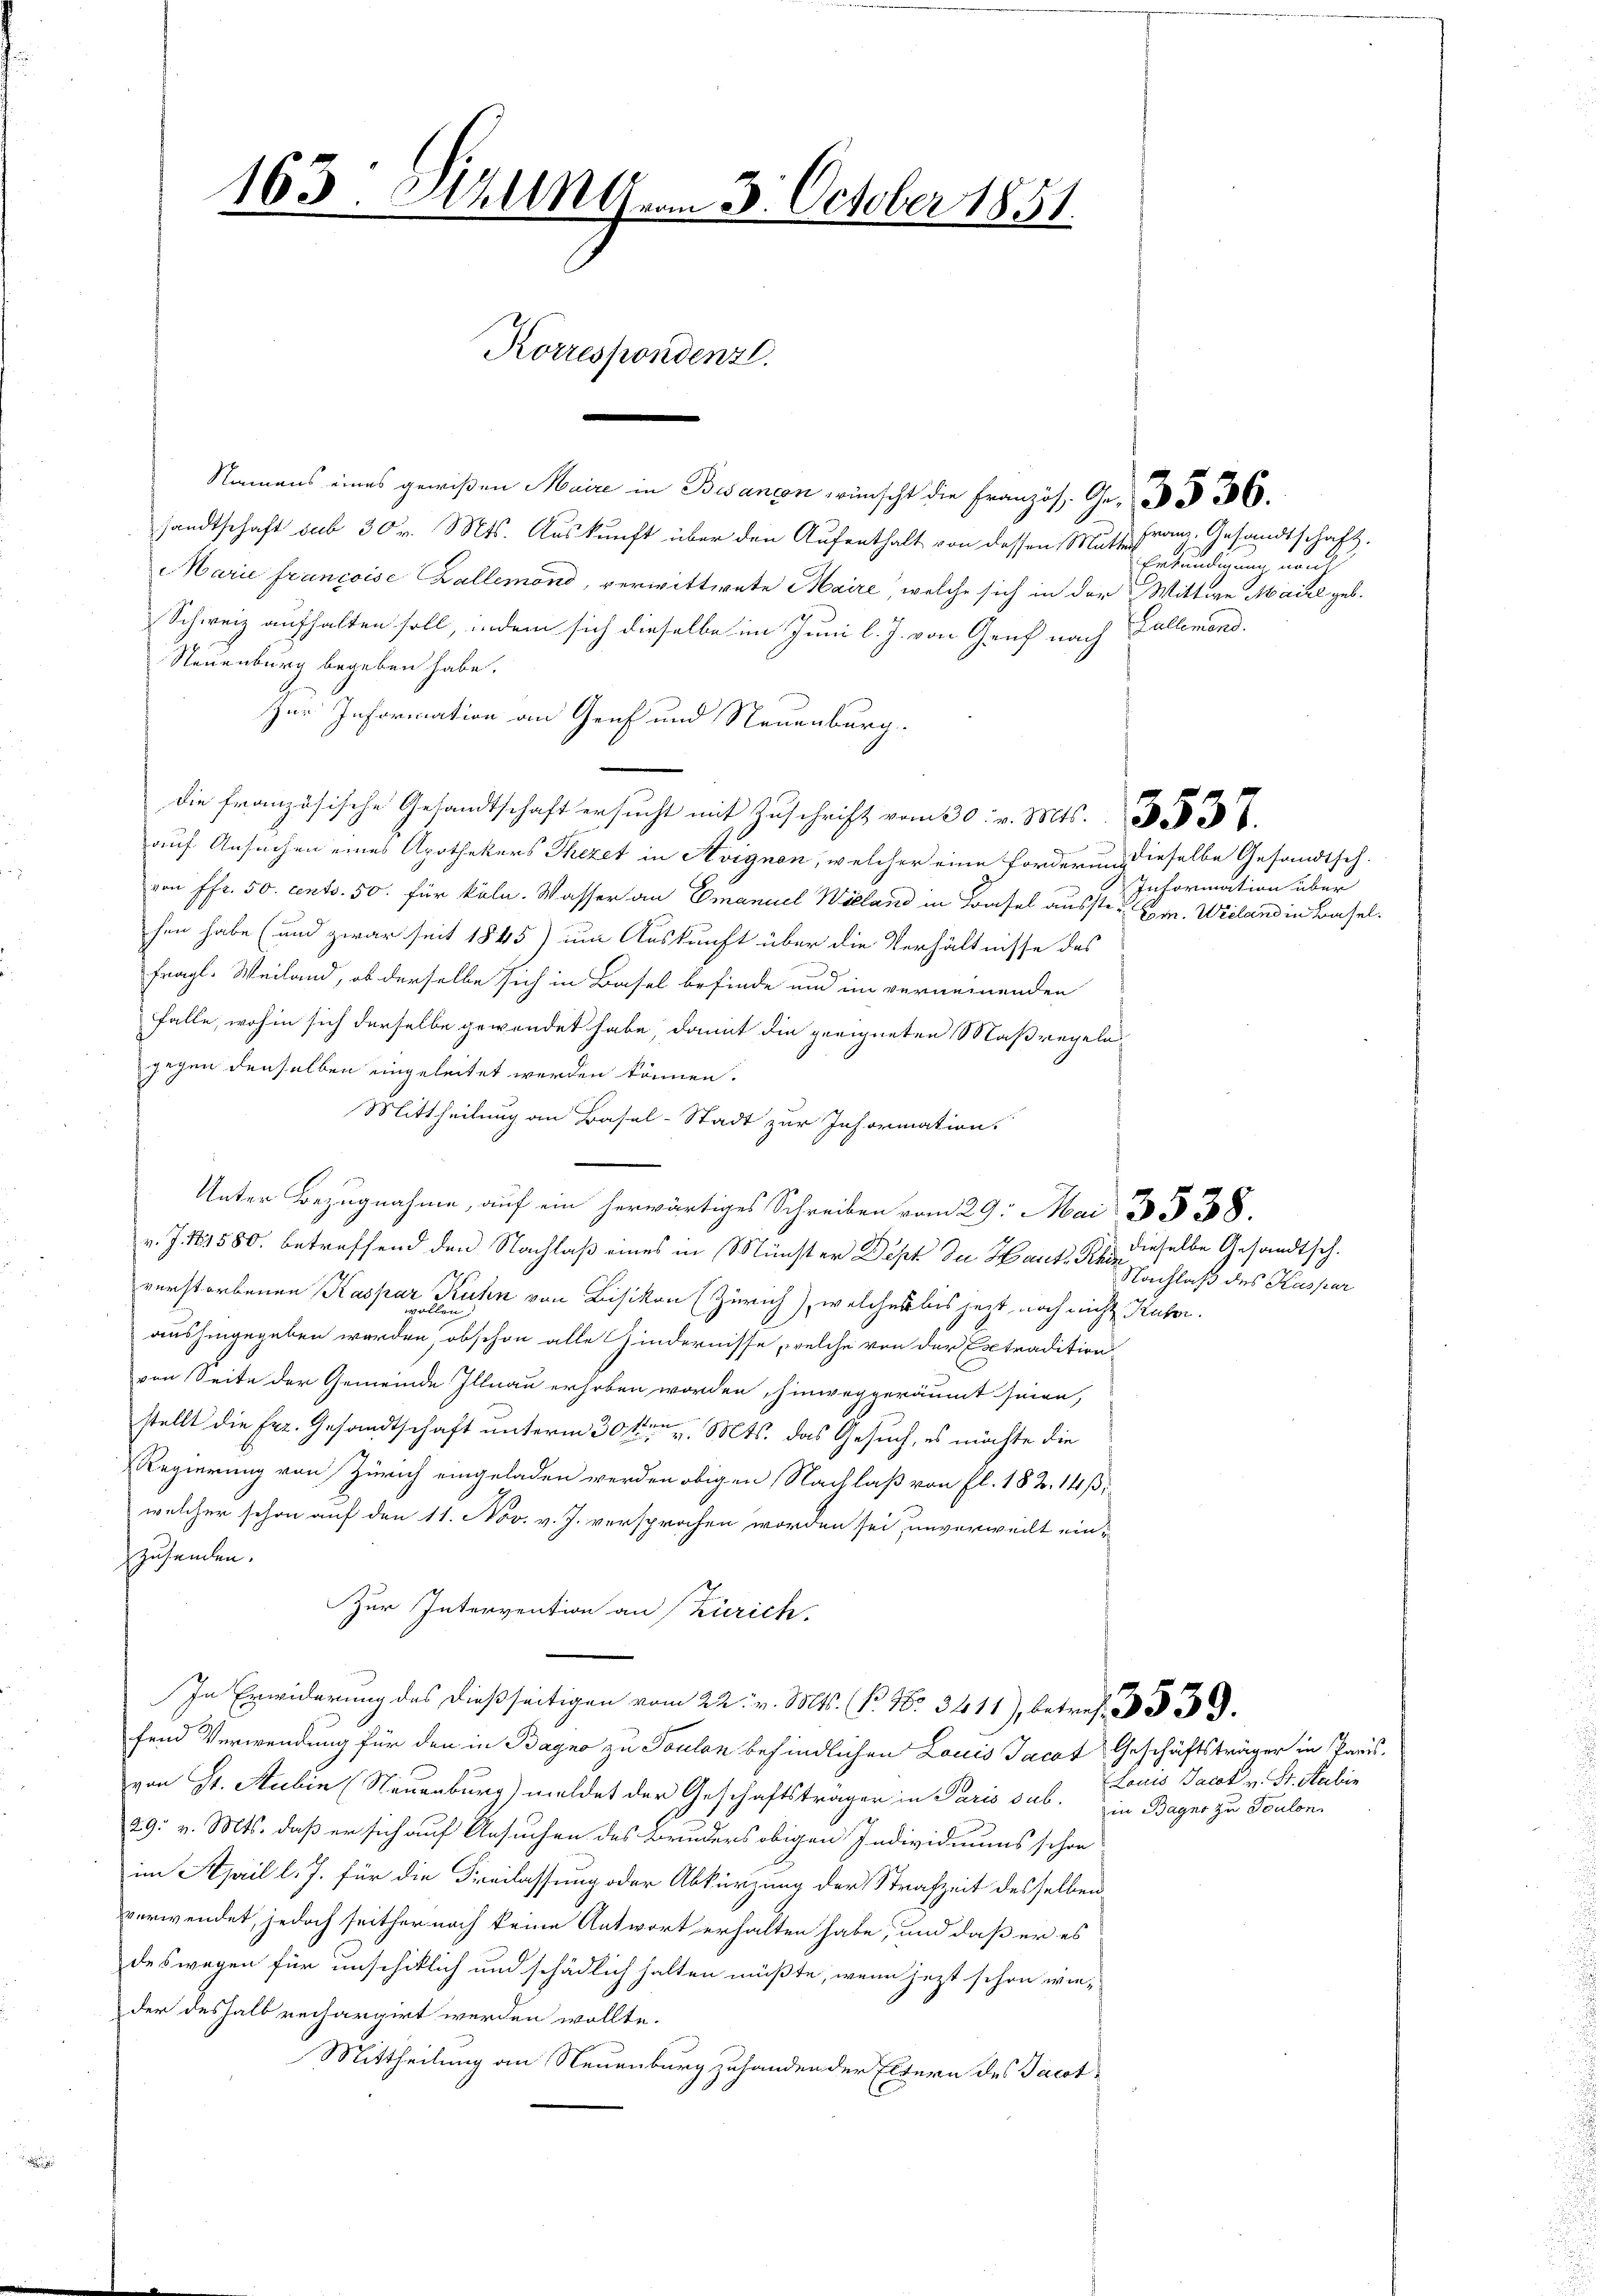
163. Stall vom 3. October 1851.
Korrespondenz.
1

Namens eines gewißen Maire in Besançon, wünscht die Französ. Gr. § 306.
sandtschaft sub 30 v. Mts. Auskunft über den Aufenthalt von dessen Musse Franz, Gesandtschaft.
Marie francoise Ballemand, verwittwete Maire, welche sich in der Wittwe Maire geb.
Schweiz aufhalten soll, indem sich dieselbe im Juni l. J. von Genf nach Fallemand.
Neuenburg begeben habe.
Zur Information an Genf und Neuenburg.
6
die französische Gesandtschaft ersŭcht mit Zŭschrift vom 30. v. Mts.
auf Ansuchen eines Apothekers Thezet in Aignen, welcher eine Forderung dieselbe Gesandtsel-
von Pfr. 50. cento. 50. für köln. Wasser an Emanuel Wieland in Basel ausste u. Hr. Wieland in Basel.
hen habe (und zwar seit 1845) um Auskunft über die Verhältnisse des
fragl. Weiland, ob derselbe sich in Basel befinde und im verneinenden
falle, wohin sich derselbe gewendet habe, damit die geeigneten Maßregeln
gegen denselben eingeleitet werden können.
Mittheilung an Basel-Stadt zur Information
nter Bezugnahme auf ein herwärtiges Schreiben vom 29. Mai 1538.
v. J. 181580. betreffend den Nachlaß eines in Münster Dept du Hants Rer. Nachlaß des Kaspar
verstorbenen Kaspar Kuhn von Bisikon (Zürich), welches bis jetzt noch nicht Ruhe.
aushingegeben werden, ob schon alle Hindernisse, welche von der Extradition
von Seite der Gemeinde Illnau erhoben worden, hinweggeräumt seien,
stellt die Erz. Gesandtschaft unterm 30ten v. Mts. das Gesuch, es möchte die
Regierung von Zürich eingeladen werden obigen Nachlaß von fl. 182. 14,
welcher schon auf den 11. Nov. v. J. versprochen worden sei, unverweilt einzusenden.
Zur Intervention an Zürich
In Erwiderung des dießseitigen vom 22. v. Mts. P. Nr. 3411), betreff
fend Verwendung für den in Bagno zu Toulon befindlichen Louis Jacat Geschäftsträger in Paris,
von St. Hubin (Neuenburg) meldet der Geschäftsträger in Paris sub. in Bagno zu Toulon
29. v. Mts. daß er sich auf Ansuchen des Bruders obigen Individuums schon
im April l. J. für die Freilassung oder Abkürzung der Strafzeit desselben
verwendet, jedoch seither nach keine Antwort erhalten habe, und daß er es
deswegen für unschiklich und schädlich halten müßte, wenn jezt schon wie-
der deshalb rechargirt werden wollte.
Mittheilung an Neuenburg zuhanden der Eltern des Jacot¬

Erkundigung und

Information über

dieselbe Gesandtsch.

Louis Tacat v. St. Sabin